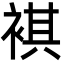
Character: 褀